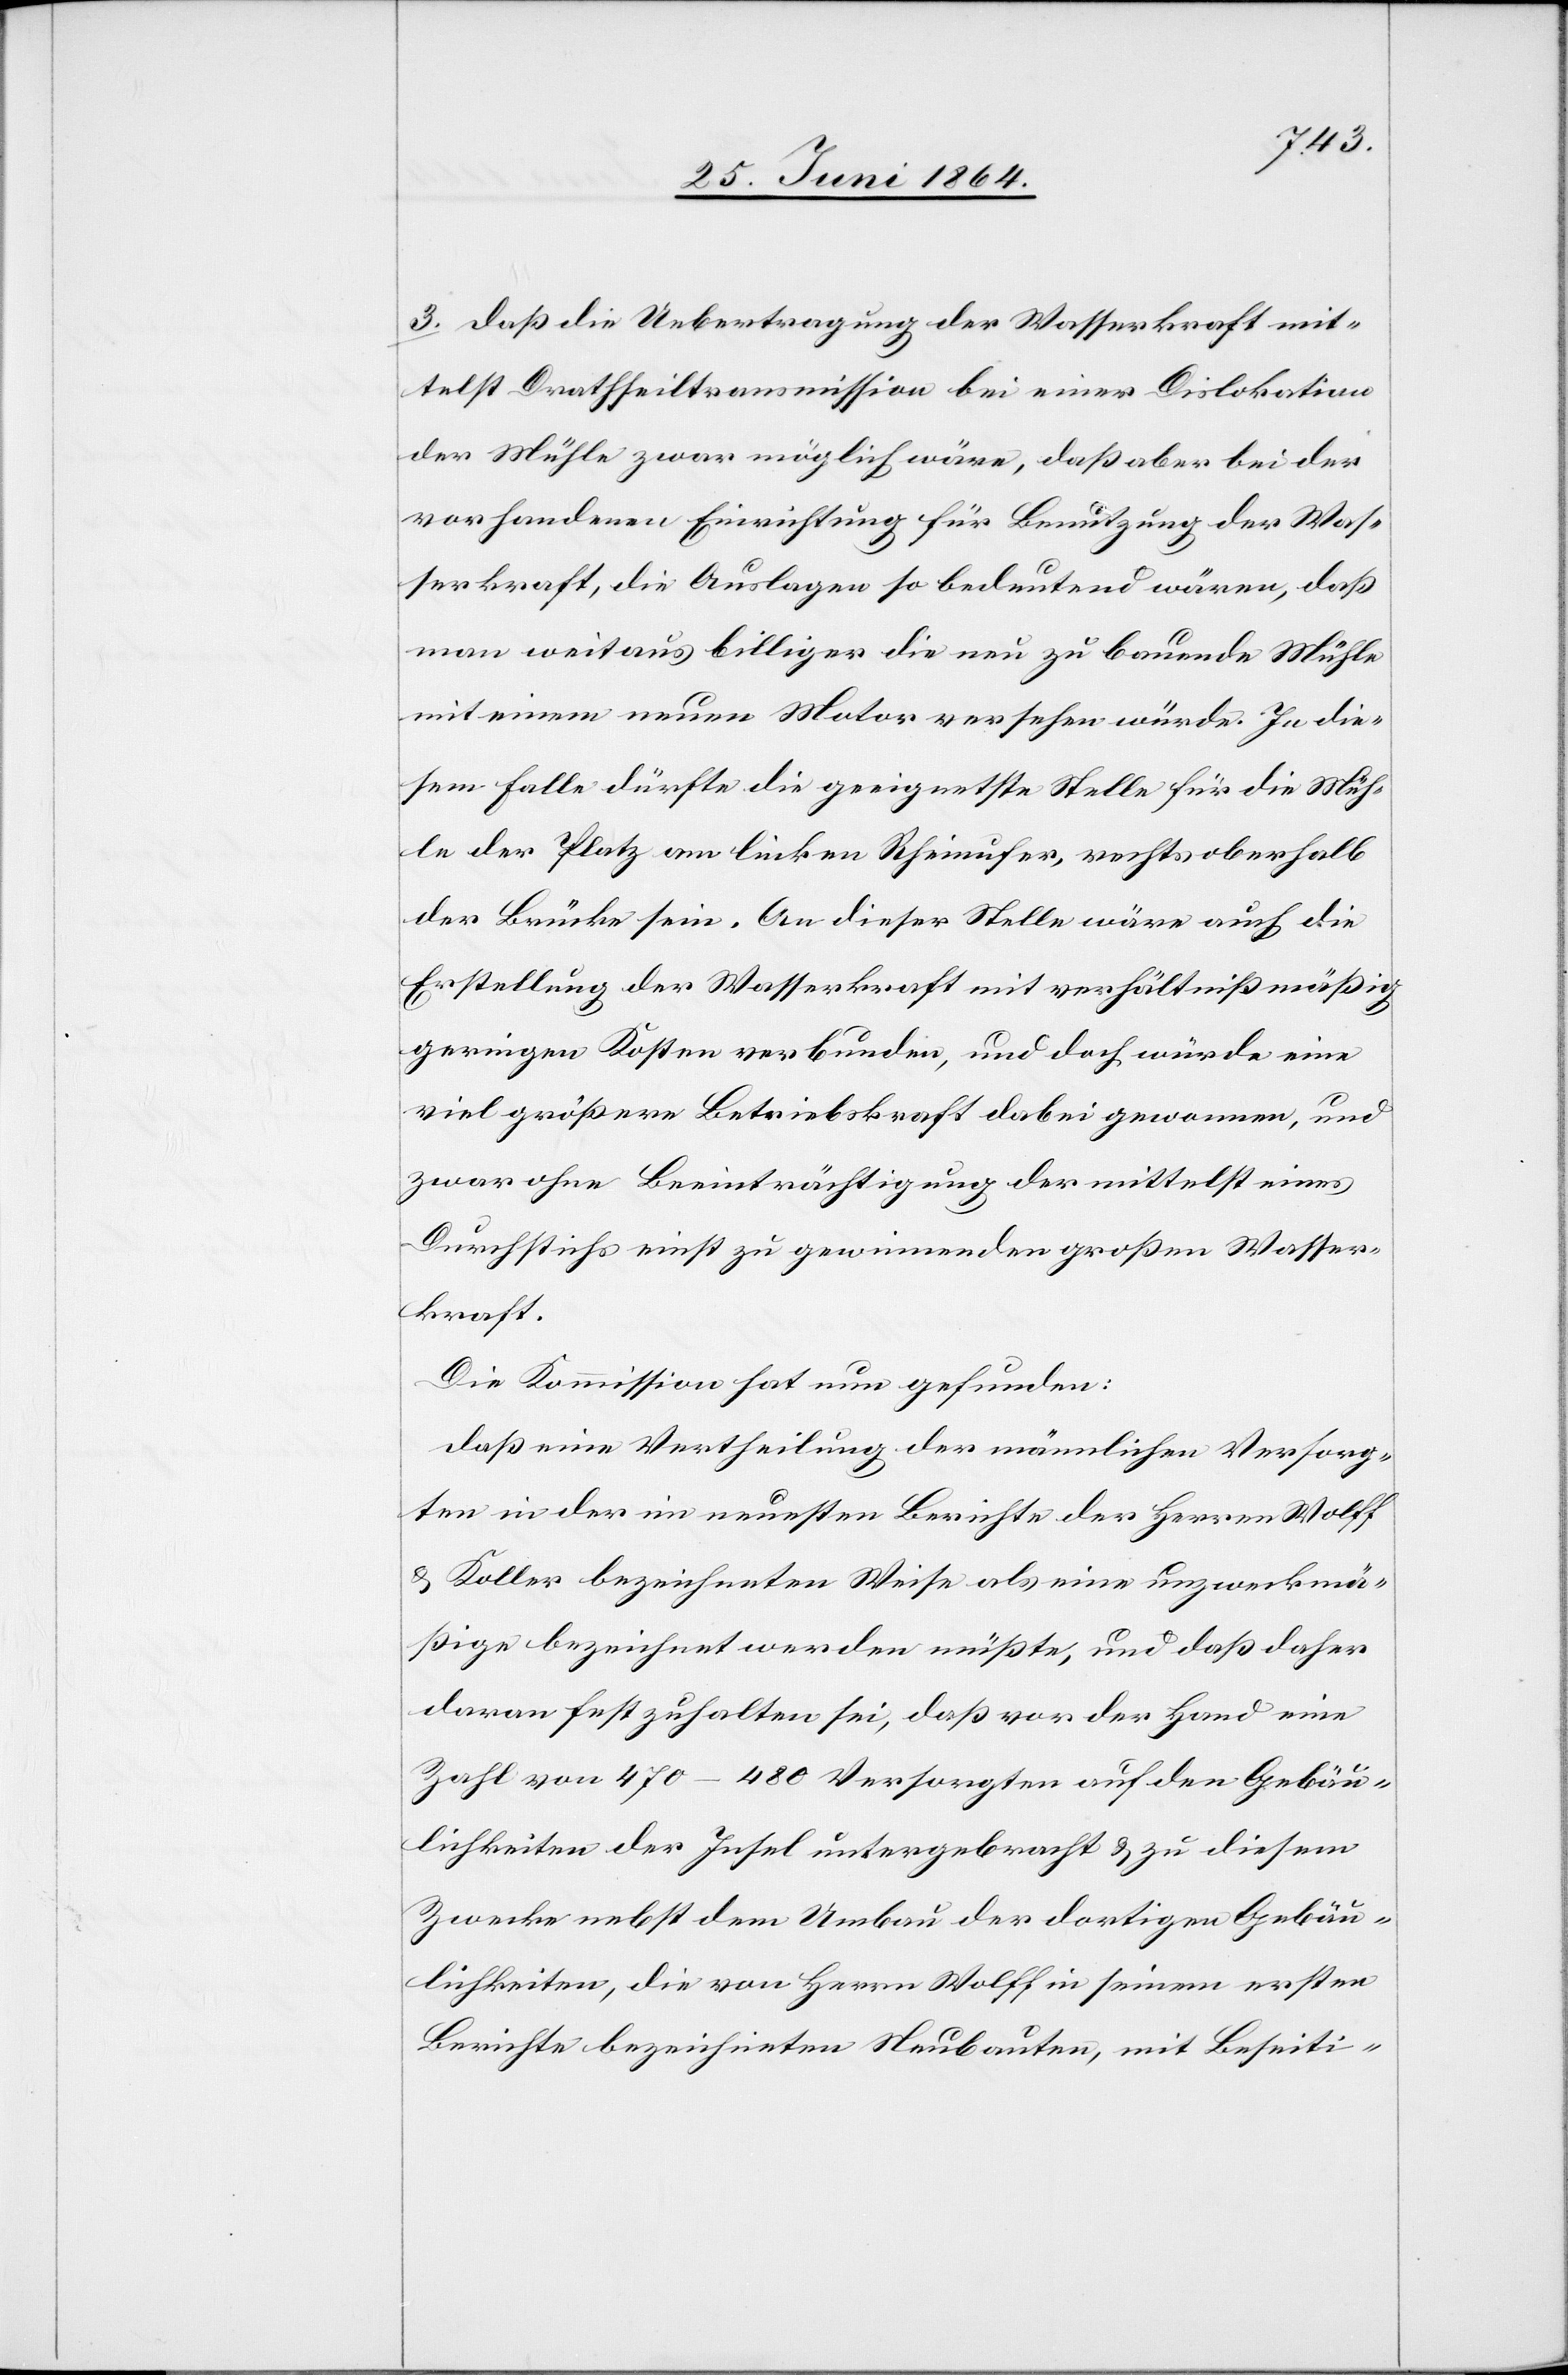
3. daß die Uebertragung der Wasserkraft mit¬
telst Drathseiltransmission [sic!] bei einer Dislokation
der Mühle zwar möglich wäre, daß aber bei der
vorhandenen Einrichtung für Benutzung der Was¬
serkraft, die Auslagen so bedeutend wären, daß
man weitaus billiger die neu zu bauende Mühle
mit einem neuen Motor versehen würde. In die¬
sem Falle dürfte die geeignetste Stelle für die Müh¬
le der Platz am linken Rheinufer, rechts oberhalb
der Brücke sein. An dieser Stelle wäre auch die
Erstellung der Wasserkraft mit verhältnißmäßig
geringen Kosten verbunden, und doch würde eine
viel größere Betriebskraft dabei gewonnen, und
zwar ohne Beeinträchtigung der mittelst eines
Durchstichs nicht zu gewinnenden großen Wasser¬
kraft.
Die Kommission hat nun gefunden:
daß eine Vertheilung der männlichen Versorg¬
ten in der im neuesten Berichte der Herren Wolff
u. Koller bezeichneten Weise als eine unzweckmä¬
ßige bezeichnet werden müßte, und daß daher
daran festzuhalten sei, daß vor der Hand eine
Zahl von 470–480 Versorgten auf den Gebäu¬
lichkeiten der Insel untergebracht u. zu diesem
Zwecke nebst dem Umbau der dortigen Gebäu¬
lichkeiten, die von Herrn Wolff in seinem ersten
Berichte bezeichneten Neubauten, mit Beseiti-